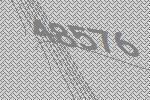
48576